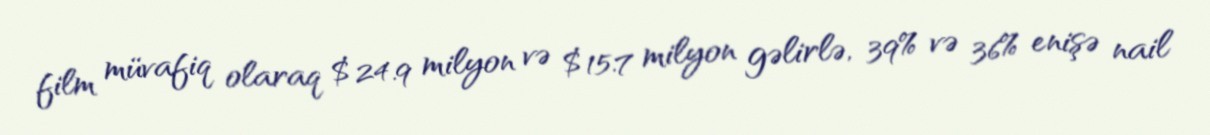
film müvafiq olaraq $24.9 milyon və $15.7 milyon gəlirlə, 39% və 36% enişə nail